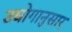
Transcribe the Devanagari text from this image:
उद्योगानुसार